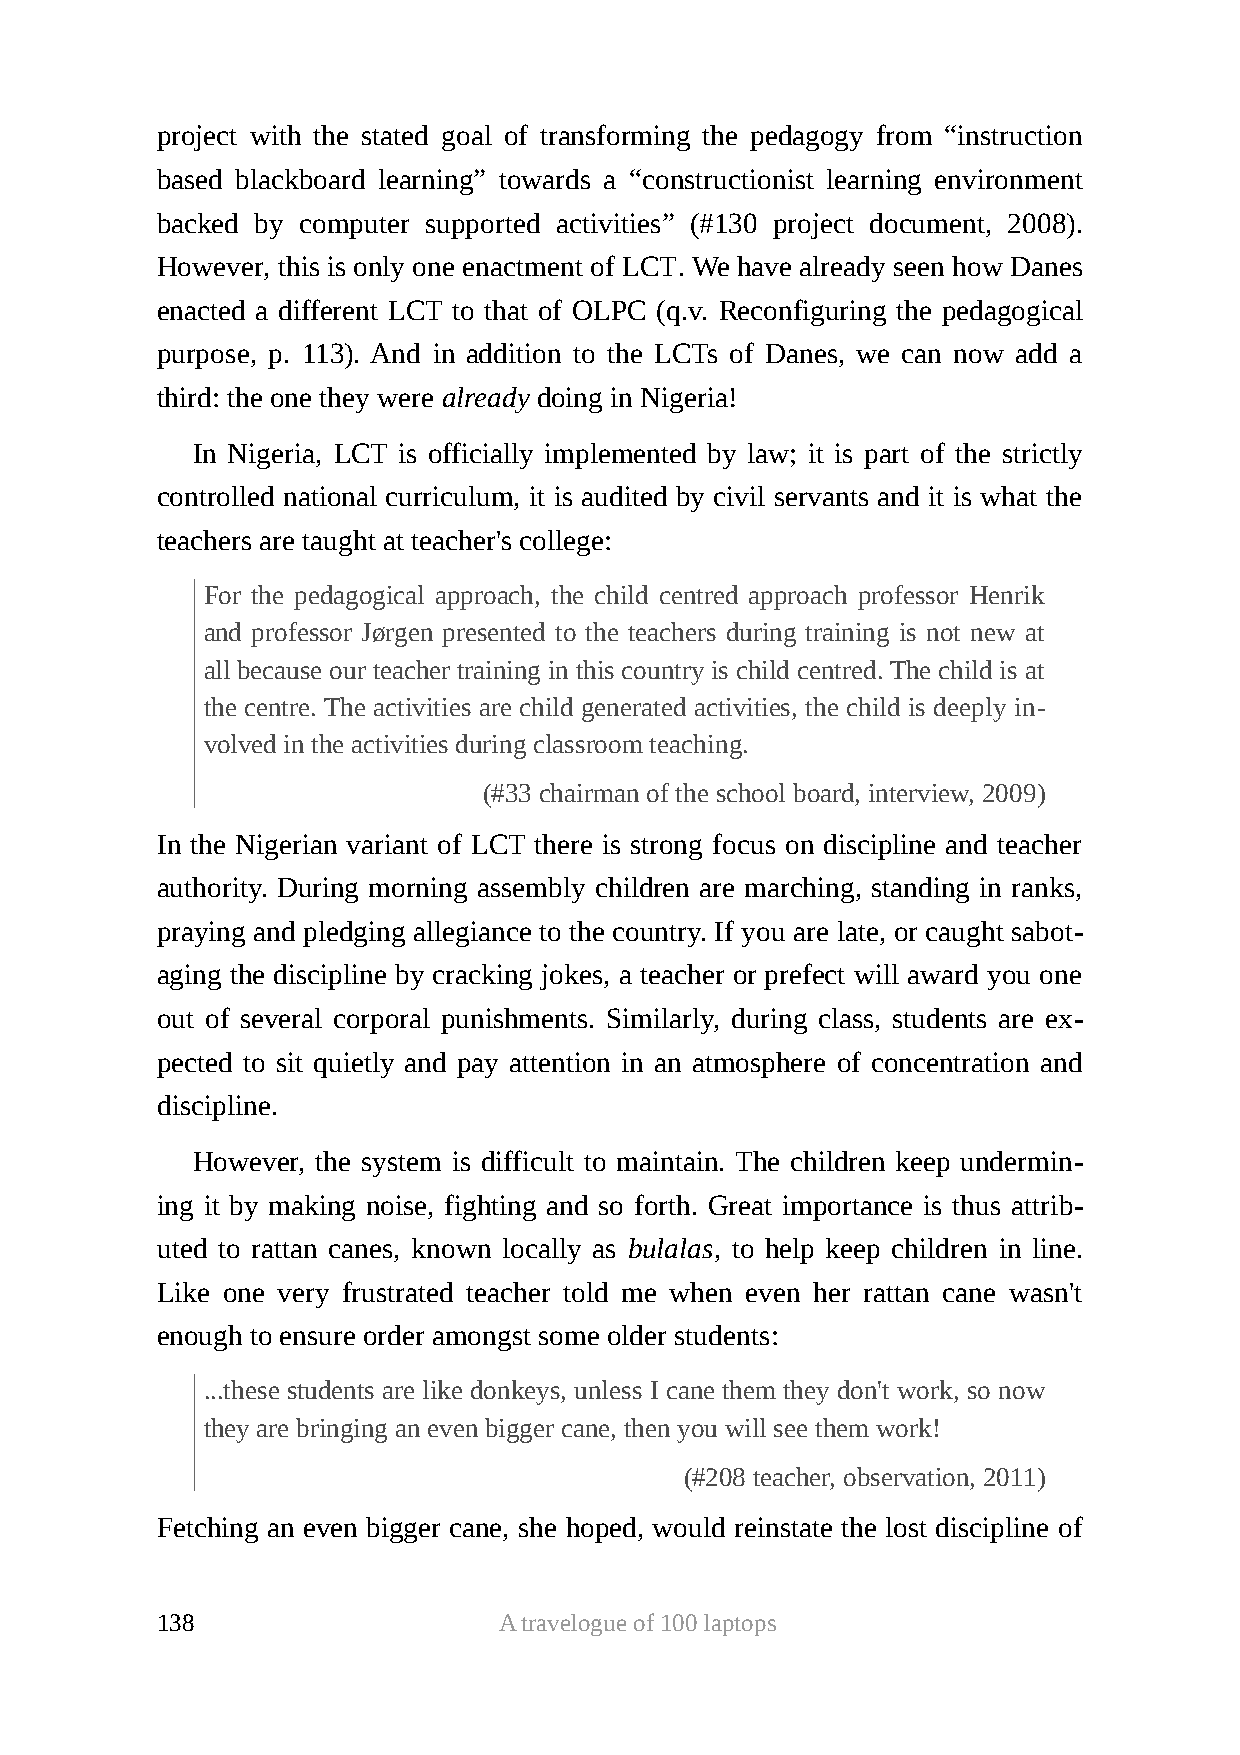
project with the stated goal of transforming the pedagogy from “instruction
 based blackboard learning” towards a “constructionist learning environment
 backed by computer supported activities” (#130 project document, 2008).
 However, this is only one enactment of LCT. We have already seen how Danes
 enacted a different LCT to that of OLPC (q.v. Reconfiguring the pedagogical
 purpose, p. 113). And in addition to the LCTs of Danes, we can now add a
 third: the one they were already doing in Nigeria!
 In Nigeria, LCT is officially implemented by law; it is part of the strictly
 controlled national curriculum, it is audited by civil servants and it is what the
 teachers are taught at teacher's college:
 For the pedagogical approach, the child centred approach professor Henrik
 and professor Jørgen presented to the teachers during training is not new at
 all because our teacher training in this country is child centred. The child is at
 the centre. The activities are child generated activities, the child is deeply in-
 volved in the activities during classroom teaching.
 (#33 chairman of the school board, interview, 2009)
 In the Nigerian variant of LCT there is strong focus on discipline and teacher
 authority. During morning assembly children are marching, standing in ranks,
 praying and pledging allegiance to the country. If you are late, or caught sabot-
 aging the discipline by cracking jokes, a teacher or prefect will award you one
 out of several corporal punishments. Similarly, during class, students are ex-
 pected to sit quietly and pay attention in an atmosphere of concentration and
 discipline.
 However, the system is difficult to maintain. The children keep undermin-
 ing it by making noise, fighting and so forth. Great importance is thus attrib-
 uted to rattan canes, known locally as bulalas, to help keep children in line.
 Like one very frustrated teacher told me when even her rattan cane wasn't
 enough to ensure order amongst some older students:
 ...these students are like donkeys, unless I cane them they don't work, so now
 they are bringing an even bigger cane, then you will see them work!
 (#208 teacher, observation, 2011)
 Fetching an even bigger cane, she hoped, would reinstate the lost discipline of
 138                    A travelogue of 100 laptops